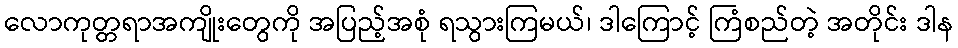
လောကုတ္တရာအကျိုးတွေကို အပြည့်အစုံ ရသွားကြမယ်၊ ဒါကြောင့် ကြံစည်တဲ့ အတိုင်း ဒါန